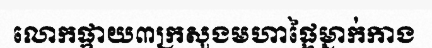
លោកផ្កាយ៣ក្រសួងមហាផ្ទៃម្នាក់កាង